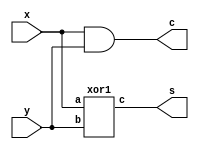
`timescale 1ns / 1ps

module ha1(x,y,s,c);
		input x,y;
		output s,c;
	
		assign c= x&y;
		xor1 g1(x,y,s);

endmodule

module xor1(a,b,c);
	input a,b;
	output c;
	assign c= ~a&b | a&~b;
	
endmodule